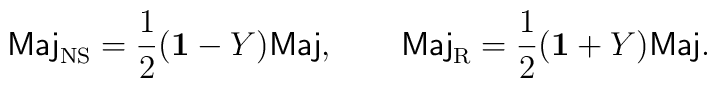
\mbox{\sf Maj}_{\rm NS}=\frac{1}{2}({\bf 1}-Y)\mbox{\sf Maj},\qquad \mbox{\sf Maj}_{\rm R}=\frac{1}{2}({\bf 1}+Y)\mbox{\sf Maj}.